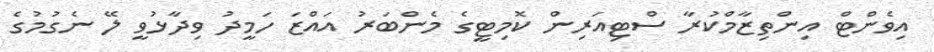
އިވެންޓް އިންތިޒާމްކުރާ ސްޓިއަރިން ކޮމިޓީގެ މެންބަރު އައްޒަ ހަމީދު ވިދާޅުވީ ލޭ ނެގުމުގެ